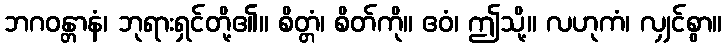
ဘဂဝန္တာနံ၊ ဘုရားရှင်တို့၏။ စိတ္တံ၊ စိတ်ကို။ ဧဝံ၊ ဤသို့။ လဟုကံ၊ လျှင်စွာ။